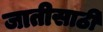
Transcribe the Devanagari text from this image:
जातीसाठी